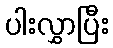
ပါးလွှာပြီး